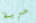
حرية